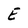
Character: E